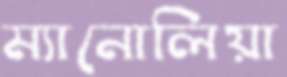
ম্যানোলিয়া